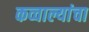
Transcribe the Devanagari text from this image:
कव्वाल्यांचा